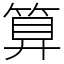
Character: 算